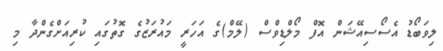
ލިވަބޯޑު އެސޯސިއޭޝަން އޮފް މޯލްޑިވްސް (ލޭމް)ގެ އަހަރީ މައުރަޒުގެ ގޮތުގައި ކުރިއަށްގެންދާ މި